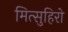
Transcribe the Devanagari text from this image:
मित्सुहिरो